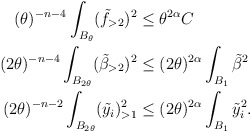
\begin{align*} \begin{aligned} (\theta)^{-n-4}\int_{B_{\theta}}(\tilde{f}_{>2})^2&\leq \theta^{2\alpha} C\\ (2\theta)^{-n-4}\int_{B_{2\theta}}(\tilde{\beta}_{>2})^2 &\leq (2\theta)^{2\alpha}\int_{B_{1}}\tilde{\beta}^2\\(2\theta)^{-n-2}\int_{B_{2\theta}}(\tilde{y}_i)_{>1}^2 &\leq (2\theta)^{2\alpha}\int_{B_1}\tilde{y}_i^2. \end{aligned} \end{align*}